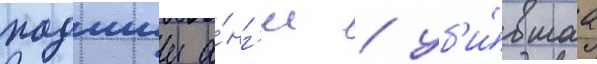
падшии а́нг'ел / уб'и́вшаа